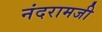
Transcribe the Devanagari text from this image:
नंदरामजी